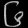
Digit: ၆